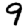
Digit: 9